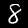
Label: 8